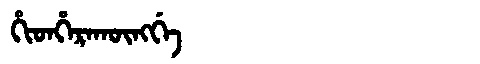
Manchu: ᡥᡳᡨᡥᡝᡵᠠᡴᡡᠩᡤᡝ
Romanization: HITHERAKŪNGGE